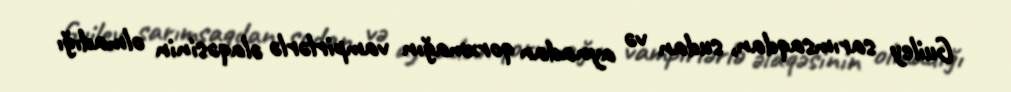
Guiley sarımsaqdan, sudan və aynadan qorxmağın vampirlərlə əlaqəsinin olmadığı